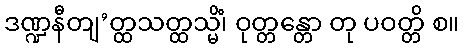
ဒဏ္ဍနီတျ’တ္ထသတ္ထသ္မိံ၊ ဝုတ္တန္တော တု ပဝတ္တိ စ။